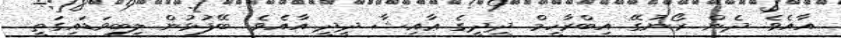
އާއެވެ. ދެން ރޯނުގޭ އިބްރާހީމް ދީދީގެ ޢާއިޝާ ދީދީ އާއެވެ. ބޭފުޅުން ލިބިވަޑައިގަތީ